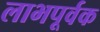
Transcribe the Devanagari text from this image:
लाभपूर्वक